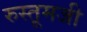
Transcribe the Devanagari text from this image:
रुस्तूमजी